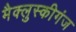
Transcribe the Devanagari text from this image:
मैक्लुस्कीगंज